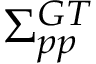
\Sigma _ { p p } ^ { G T }